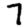
Digit: 7